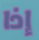
إذا